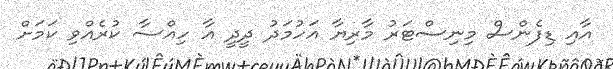
އާއި ޑިފެންސް މިނިސްޓަރު މާރިޔާ އަހުމަދު ދީދީ އާ ހިއްސާ ކުރެއްވި ކަމަށް